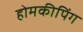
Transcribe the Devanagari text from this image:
होमकीपिंग